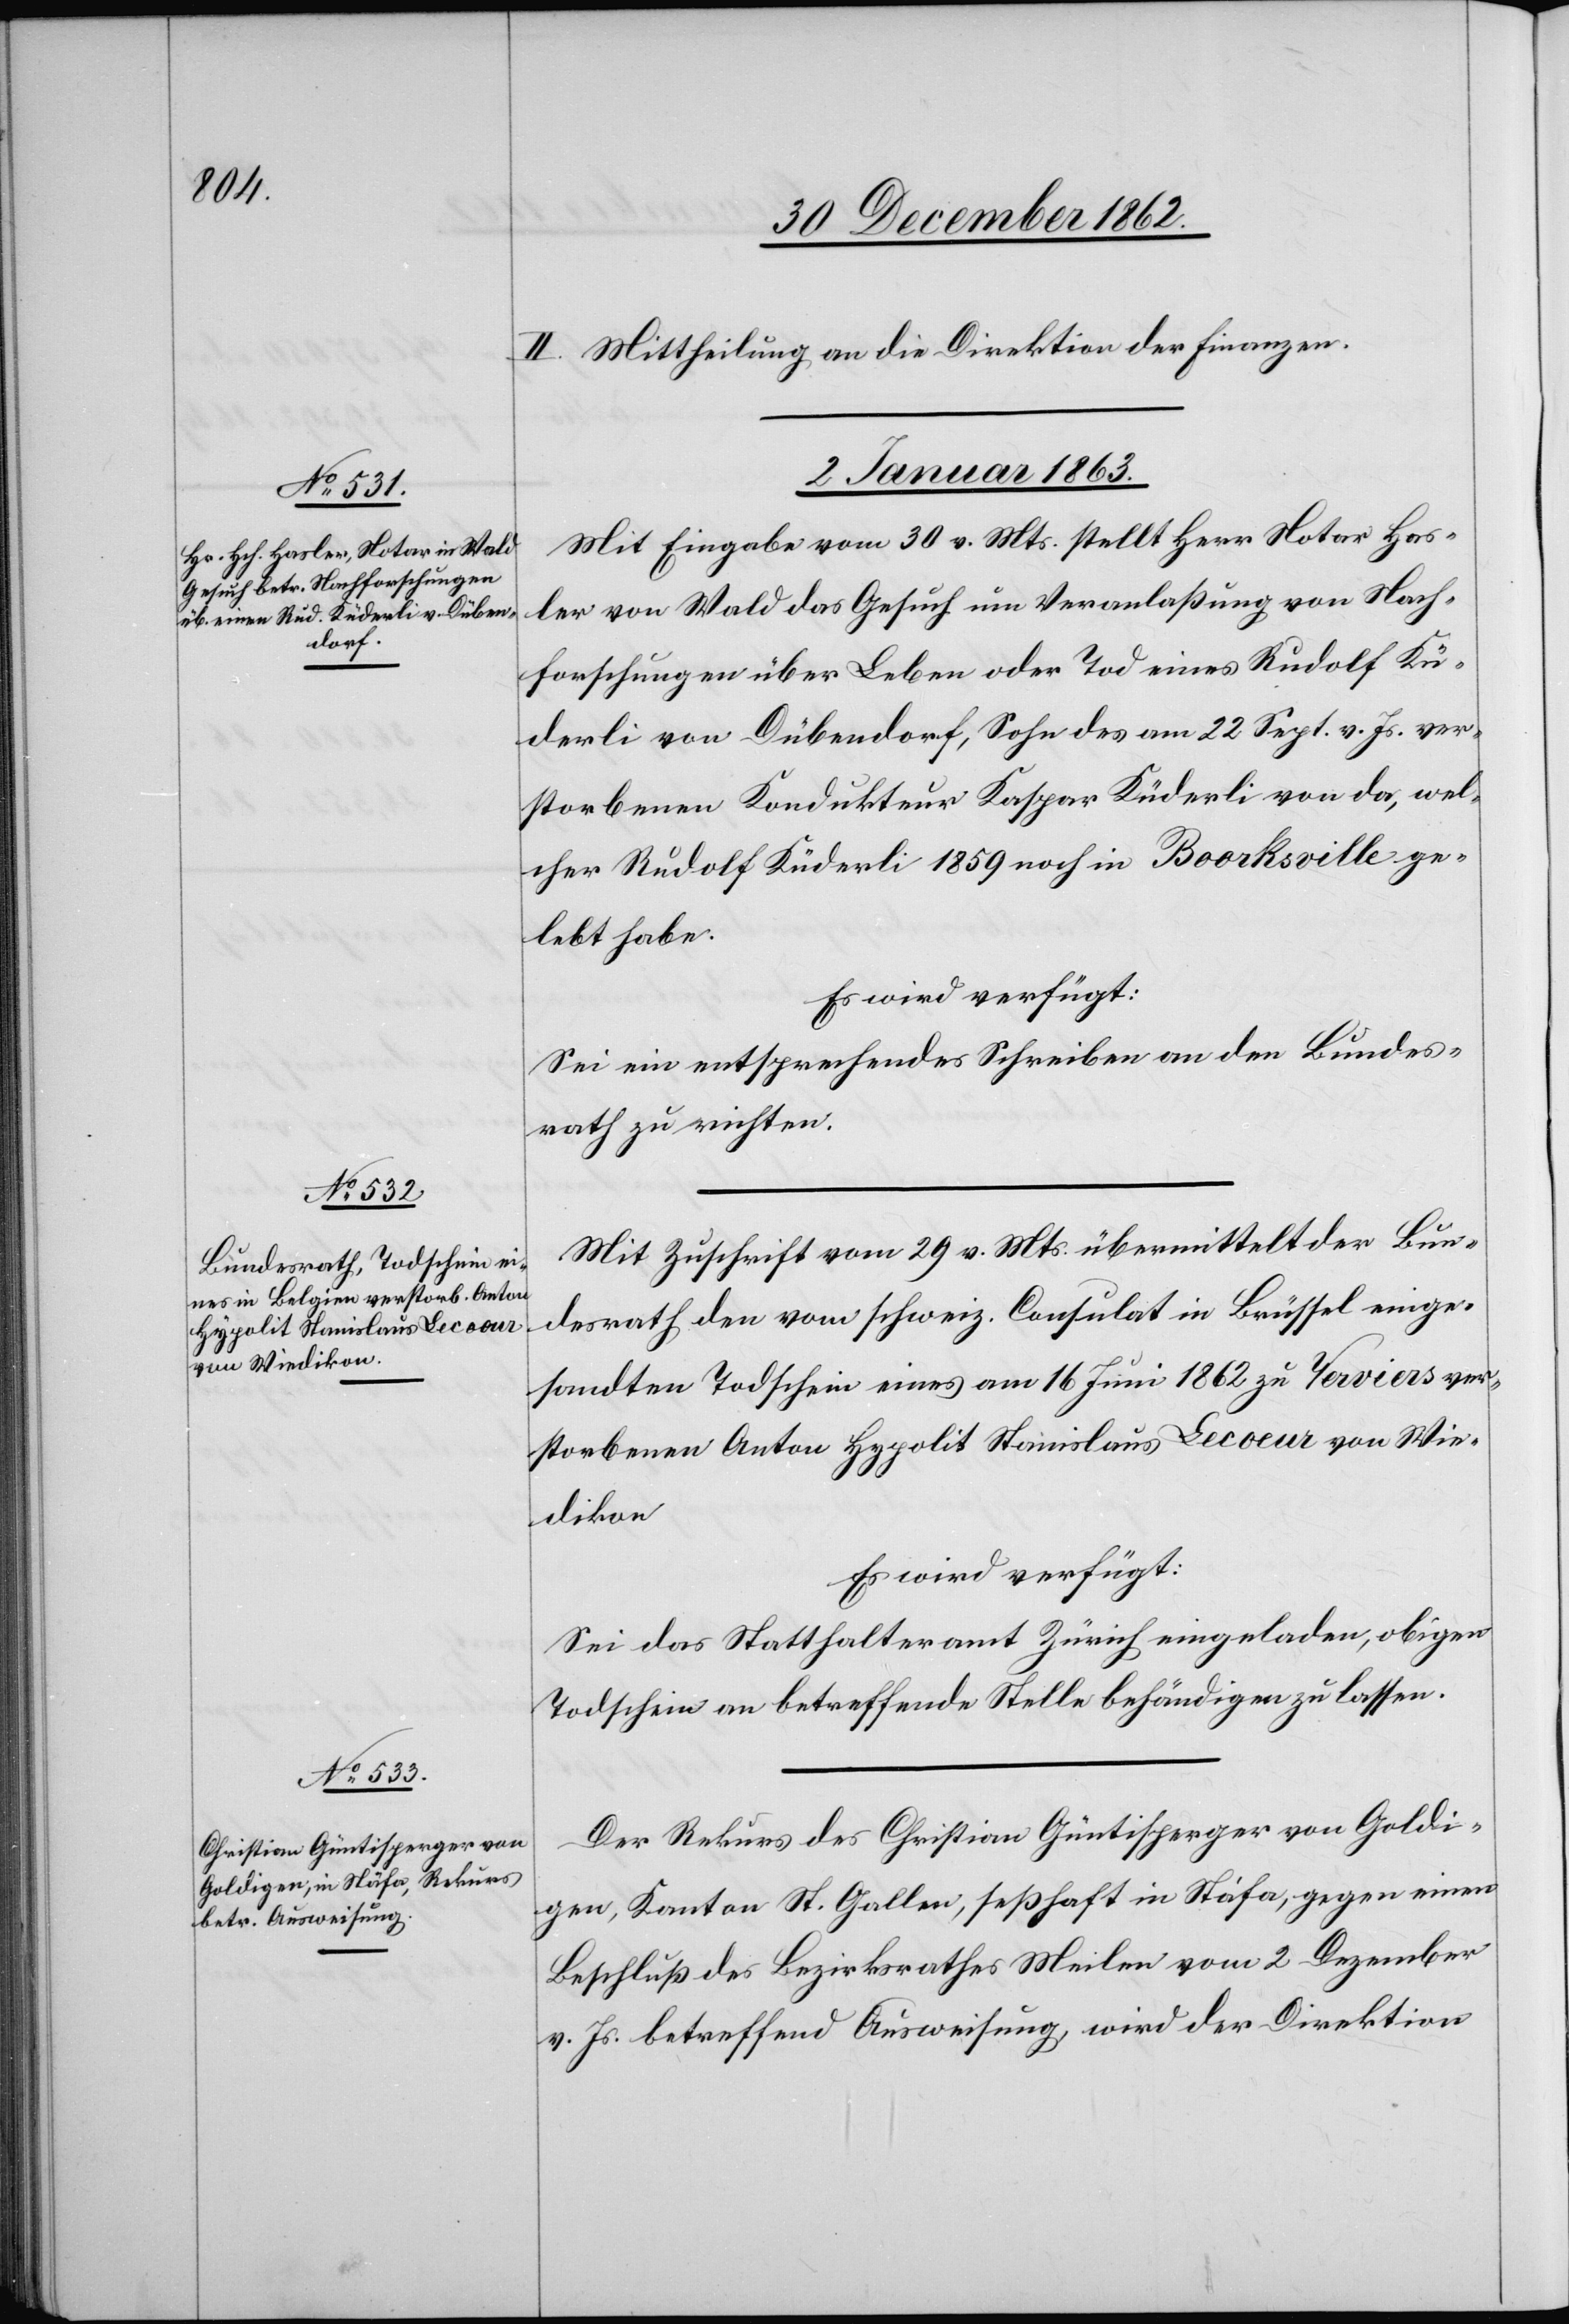
II. Mittheilung an die Direktion der Finanzen.
02. Januar 1863.]
Mit Eingabe vom 30. v. Mts. stellt Herr Notar Has¬
ler von Wald das Gesuch um Veranlaßung von Nach¬
forschungen über Leben oder Tod eines Rudolf Kü¬
derli von Dübendorf, Sohn des am 22. Sept. v. Js. ver¬
storbenen Kondukteur Kaspar Küderli von da, wel¬
cher Rudolf Küderli 1859 noch in Boorksville ge¬
lebt habe.
Es wird verfügt:
Sei ein entsprechendes Schreiben an den Bundes¬
rath zu richten.
Mit Zuschrift vom 29. v. Mts. übermittelt der Bun¬
desrath den vom schweiz. Consulat in Brüssel einge¬
sandten Todschein eines am 16. Juni 1862 zu Verviers ver¬
storbenen Anton Hypolit Stanislaus Lecoeur von Wie¬
dikon.
Es wird verfügt:
Sei das Statthalteramt Zürich eingeladen, obigen
Todschein an betreffende Stelle behändigen zu lassen.
Der Rekurs des Christian Güntisperger von Goldi¬
gen, Kanton St. Gallen, seßhaft in Stäfa, gegen einen
Beschluß des Bezirksrathes Meilen vom 2. Dezember
v. Js. betreffend Ausweisung, wird der Direktion